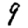
Digit: 9